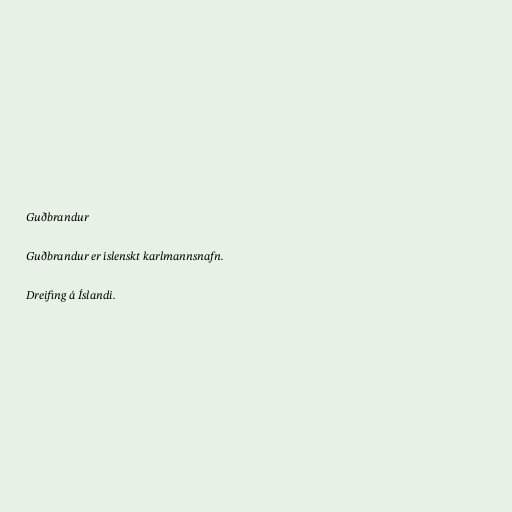
Guðbrandur

Guðbrandur er íslenskt karlmannsnafn.

Dreifing á Íslandi.